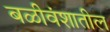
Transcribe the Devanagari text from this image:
बळीवंशातील